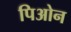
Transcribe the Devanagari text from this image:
पिओन